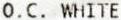
O.C. WHITE